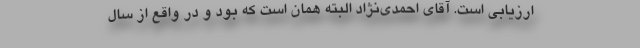
ارزیابی است. آقای احمدی‌نژاد البته همان است که بود و در واقع از سال